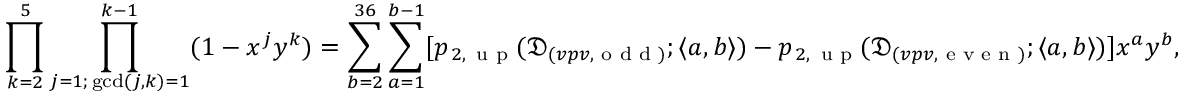
\prod _ { k = 2 } ^ { 5 } \prod _ { \substack { j = 1 ; \, \operatorname* { g c d } ( j , k ) = 1 } } ^ { k - 1 } ( 1 - x ^ { j } y ^ { k } ) = \sum _ { b = 2 } ^ { 3 6 } \sum _ { a = 1 } ^ { b - 1 } [ p _ { \, 2 , \, \textmd { u p } } ( \mathfrak { D } _ { ( v p v , \textmd { o d d } ) } ; \langle a , b \rangle ) - p _ { \, 2 , \, \textmd { u p } } ( \mathfrak { D } _ { ( v p v , \textmd { e v e n } ) } ; \langle a , b \rangle ) ] x ^ { a } y ^ { b } ,